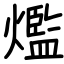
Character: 爁